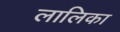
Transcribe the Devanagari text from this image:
लालिका